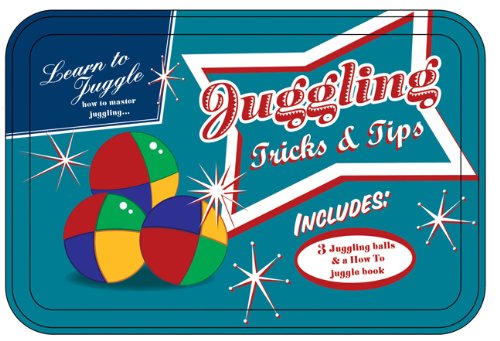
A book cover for Juggling (Retro Tins); Sports & Outdoors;